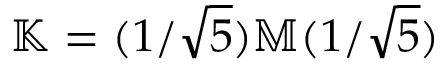
\mathbb { K } = ( 1 / \sqrt { 5 } ) \mathbb { M } ( 1 / \sqrt { 5 } )